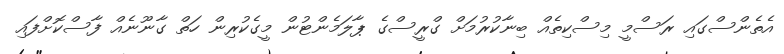
އެތެންސްގައި ރަސްމީ މިސްކިތެއް ބިނާކުރުމަށް ގްރީސްގެ ޕާލަމެންޓުން މީގެކުރިން ހަތް ގާނޫނެއް ފާސްކޮށްފައި